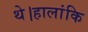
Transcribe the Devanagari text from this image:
थे।हालांकि